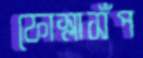
ফোস্‌লাসঁপ